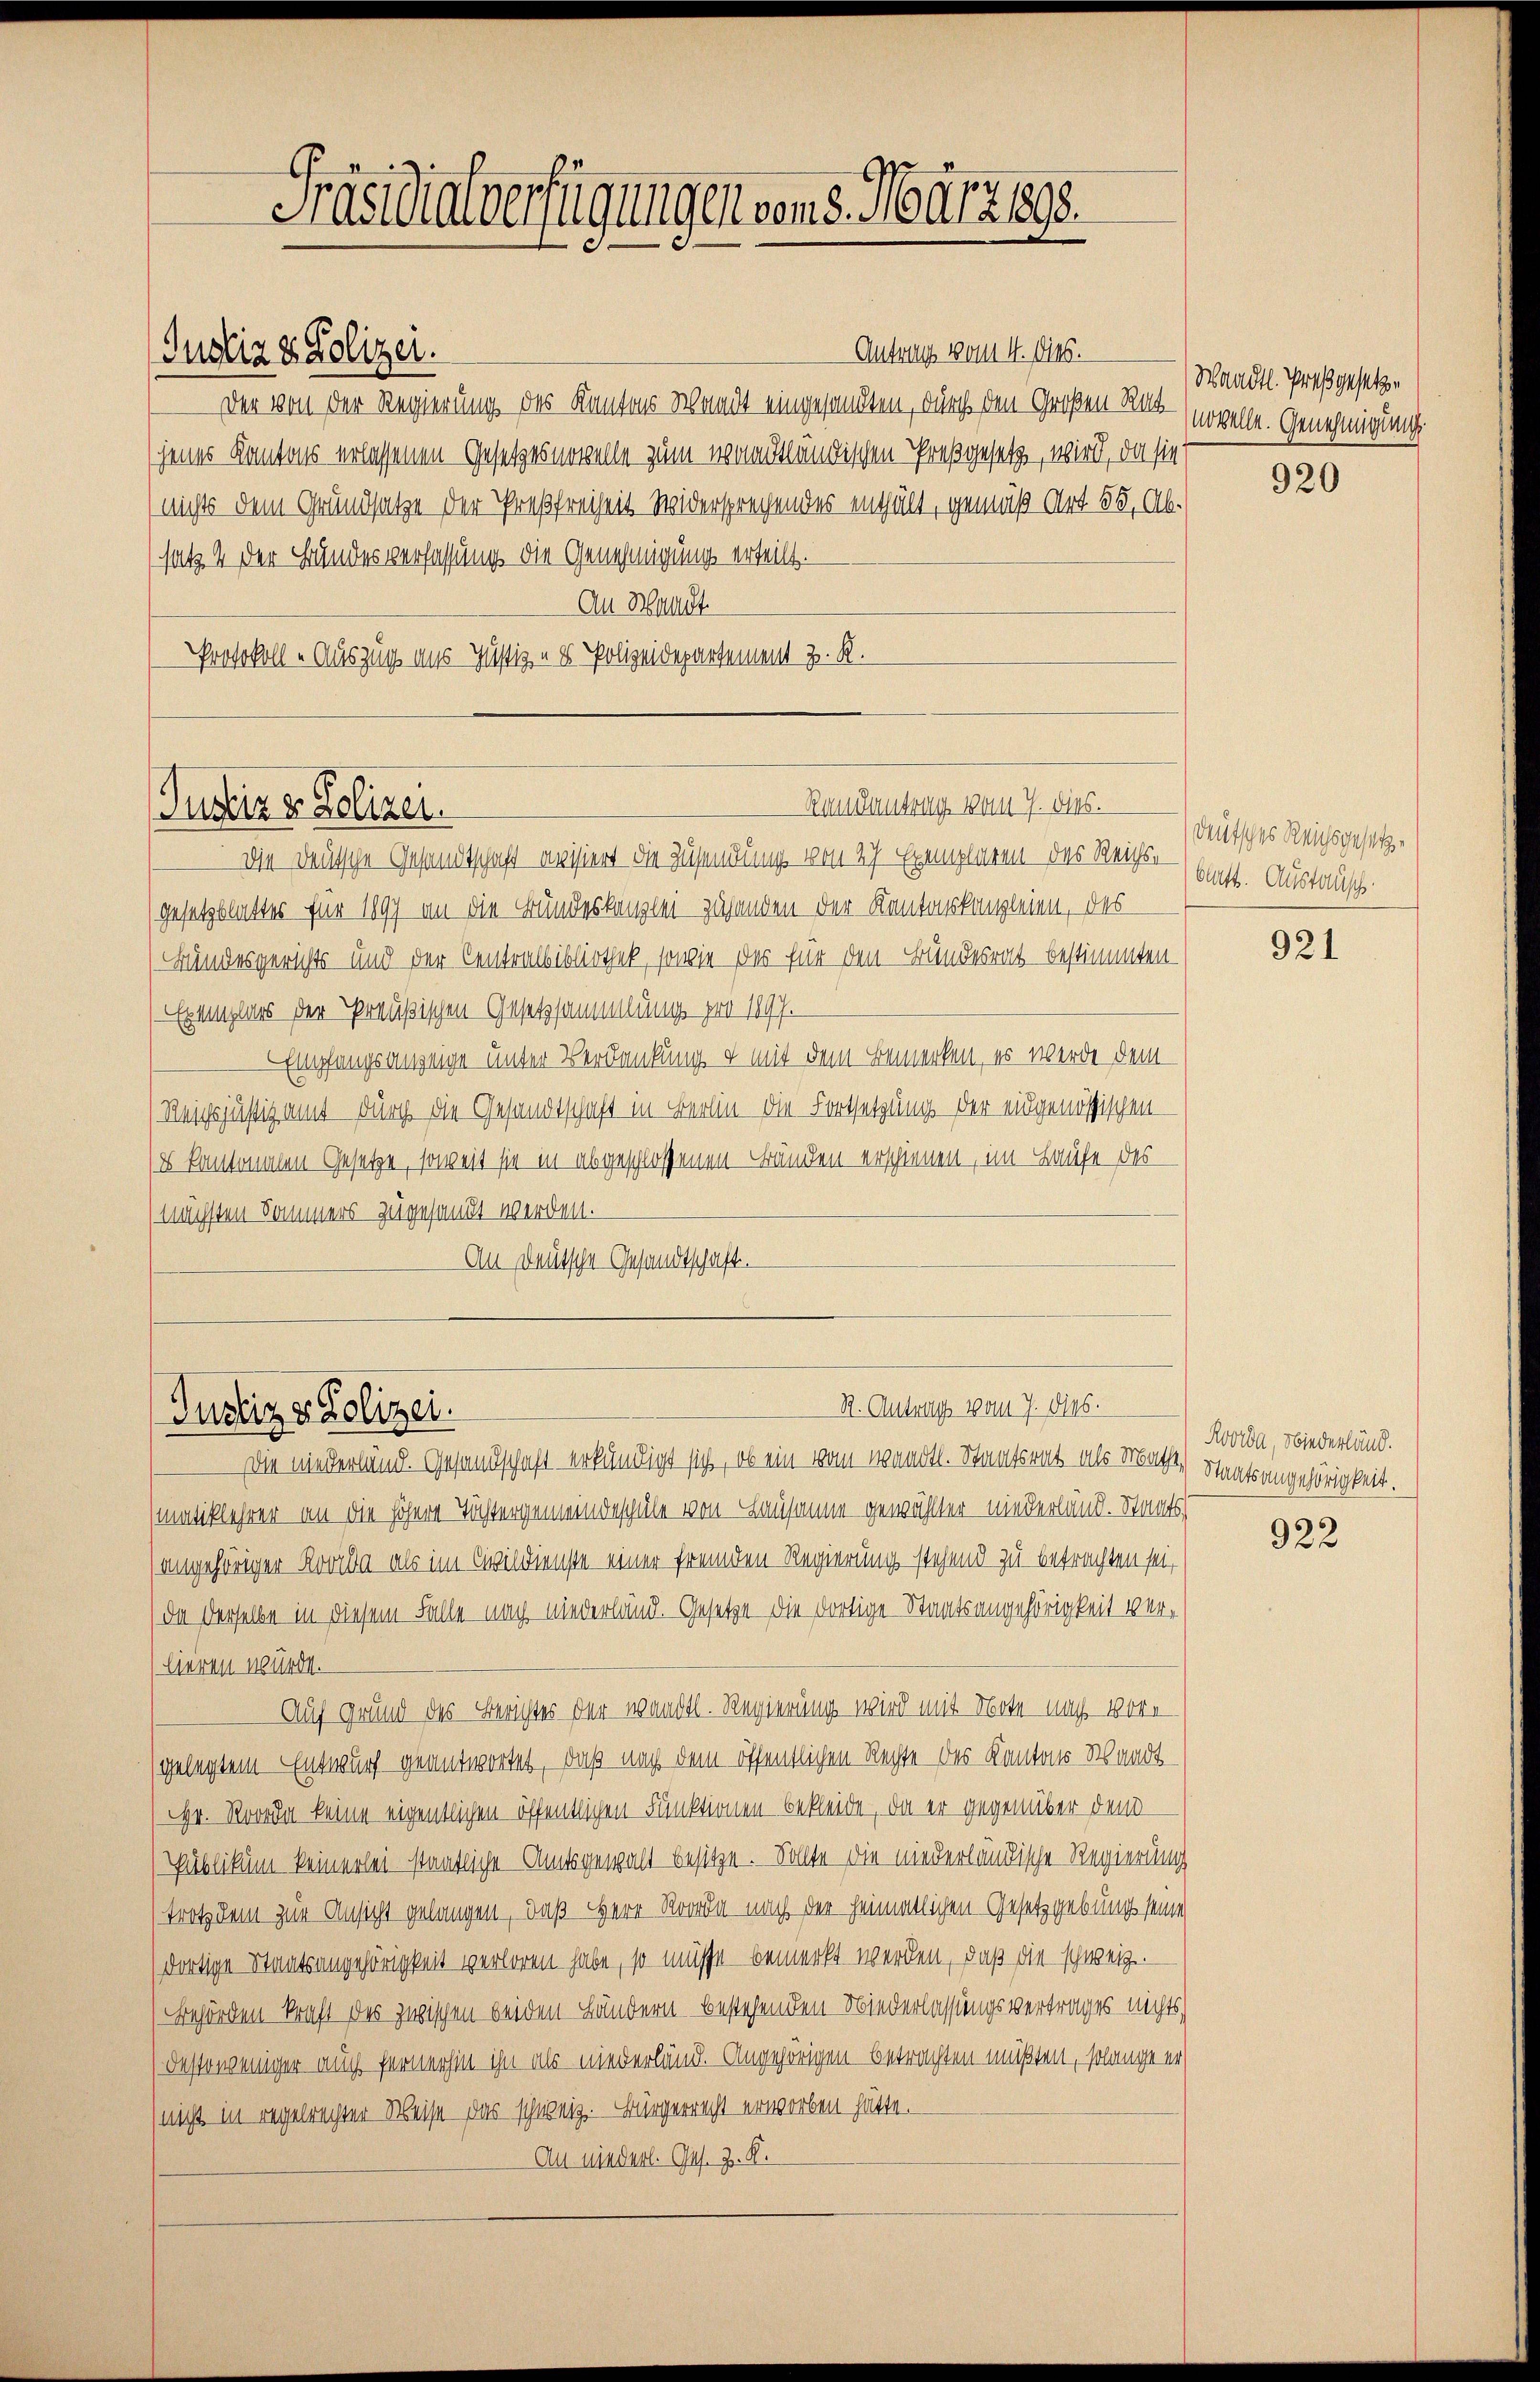
(Justiz & Polizei.

Antrag vom 4. ds.
Der von der Regierung des Kantons Womit eingesandten, durch den Großen Rat (novelle. Genehmigung
jenes Kantons erlassenen Gesetzesnovelle zum waadtländischen Preßgesetz, wird, da sie
(nichts dem Grundsatze der Preßfreiheit widersprechendes enthält, gemäß Art. 55, Absatz. 4 der Bundesverfassung die Genehmigung erteilt.
An Waadt
Protokoll -Auszug aus Justiz- & Polizeidepartement z. R.

Justiz & Polizei.

Frasidialverfügungen von 5. März 1890.

Rau antrag vom 7. dies.

Die Deutsche Gesandtschaft avisiert die Zusendung von 27 Exemplaren des Reicher) satt. Austausch
Gesetzblattes für 1897 an die Bundeskanzlei zuhanden der Kantonskanzleien, des
(Bundesgerichts und der Centralbibliothek, sowie das für den Bundesrat bestimmten¬
Exemplars der Preußischen Gesetzsammlungs pro 1897.
Empfangsanzeige unter Verdankung & mit dem Bemerken, es werde dem
Reichsjästig amt durch die Gesandtschaft in Berlin die Fortsetzung der eidgenössischen
8 kantonalen Gesetze, soweit sie in abgeschlossenen Bränden erschienen, im Laufe des
(nächsten Sommers zugesandt werden.
An Deutsche Gesandtschaft.

St. Antrags vom 7. dies.
Justiz & Polizei.

Die niederland. Gesandtschaft erkündigt sich, ob ein vom wandtl. Staatsrat als Frage Staatsangehörigkeit.
matiklehrer an die höhere Töchtergemeindeschule von Lausanne gewählter niederland. Staats¬
(angehöriger Rovika als im Civildienste einer fremden Regierung stehend zu betrachten sei,
da derselbe in diesem Falle nach niederland. Gesetze die dortige Staatsangehörigkeit verlieren würde.
Auf Grund des Berichtes der wandtl. Regierung wird mit Note nach Vore
gelegtem Entwurf geantwortet, daß nach dem öffentlichen Rechte des Kantons Waadt
Hr. Rorode keine eigentlichen öffentlichen Funktionen bekleide, da er gegenüber den
Publikum keinerlei staatliche Amtsgewalt besitze. Sollte die niederländische Regierung
trotz dem zur Ansicht gelangen, daß Herr Roorda nach der heimatlichen Gesetzgebung seine
(dortige Staatsangehörigkeit verloren habe, so müsse bemerkt werden, daß die schweize
Behörden kraft des zwischen beiden Ländern bestehenden Niederlassungsvertrages nichts,
destoweniger auch fernerhin ihn als niederländ. Angehörigen betrachten müßten, solange er
(nicht in regelrechter Weise das schweiz. Bürgerrecht erworben hätte.
An niederl. Ges. Z. K.

Waadt. Preßgesetze

920

deutsches Reichsgesetze

921

Rooda, Niederländ.

922